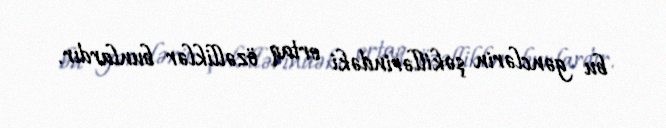
bu gənclərin şəkillərindəki ortaq özəlliklər bunlardır.